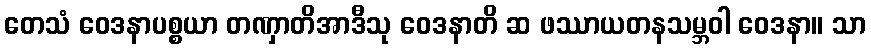
တေသံ ဝေဒနာပစ္စယာ တဏှာတိအာဒီသု ဝေဒနာတိ ဆ ဖဿာယတနသမ္ဘဝါ ဝေဒနာ။ သာ